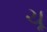
ચૂ